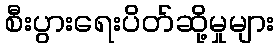
စီးပွားရေးပိတ်ဆို့မှုများ